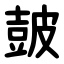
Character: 皷